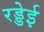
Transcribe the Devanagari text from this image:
रड्डेई